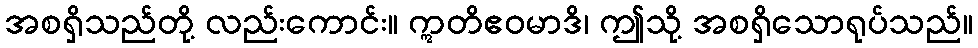
အစရှိသည်တို့ လည်းကောင်း။ ဣတိဧဝမာဒိ၊ ဤသို့ အစရှိသောရုပ်သည်။